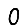
Digit: 0